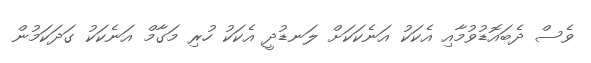
ވެސް ދެބައޮޑުވުމާއި އެކަކު އަނެކަކަށް ލަނޑުދީ އެކަކު ހުރި މަގާމް އަނެކަކު ގަދަކަމުން